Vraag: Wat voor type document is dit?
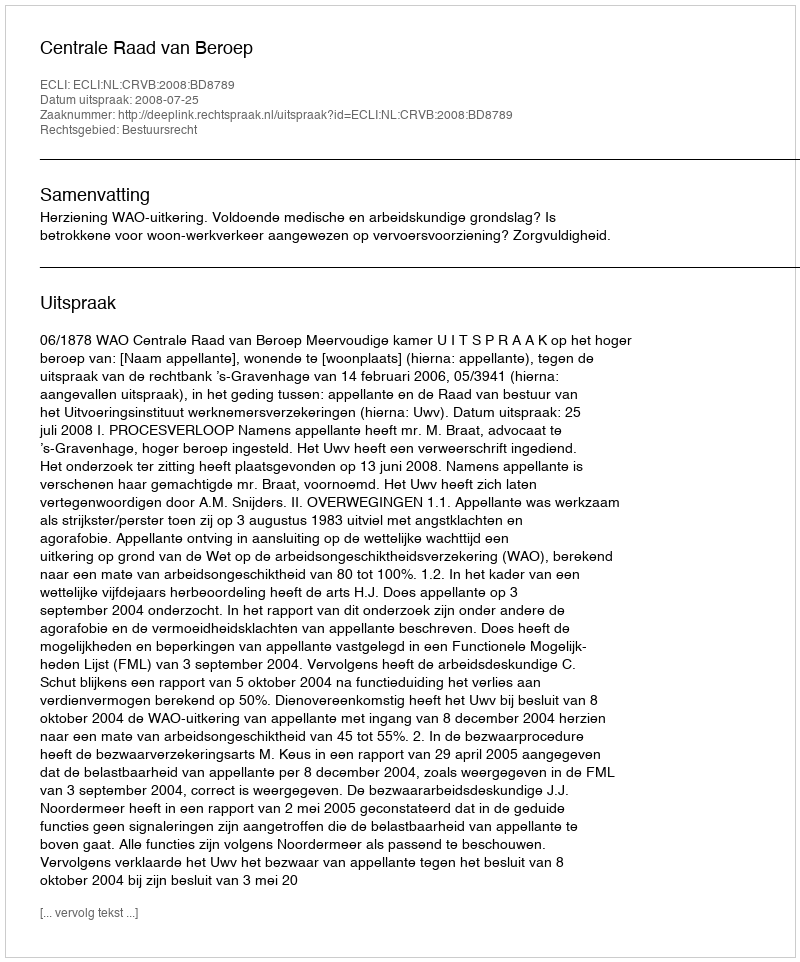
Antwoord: Uitspraak